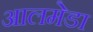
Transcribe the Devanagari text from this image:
आलमेडा